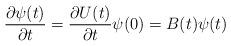
LaTeX: \begin{align*}{{\partial \psi(t)} \over {\partial t}} ={{\partial U(t)} \over {\partial t}} \psi(0) = B(t) \psi(t)\end{align*}